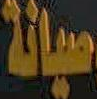
صيانة